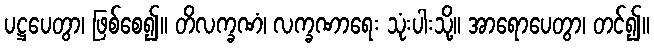
ပဋ္ဌပေတွာ၊ ဖြစ်စေ၍။ တိလက္ခဏံ၊ လက္ခဏာရေး သုံးပါးသို့။ အာရောပေတွာ၊ တင်၍။